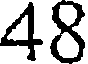
48